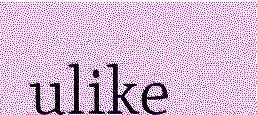
ulike